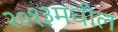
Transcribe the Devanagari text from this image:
२०१३मधील